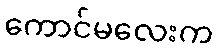
ကောင်မလေးက